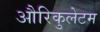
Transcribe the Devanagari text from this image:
औरिकुलेटम